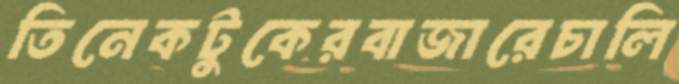
তিনেকটুকেরবাজারেচালি